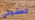
العشوائي